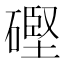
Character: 䃘